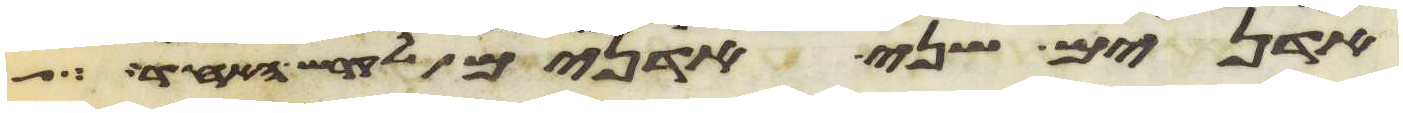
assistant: אדנים שני אדנים לקרש האחד